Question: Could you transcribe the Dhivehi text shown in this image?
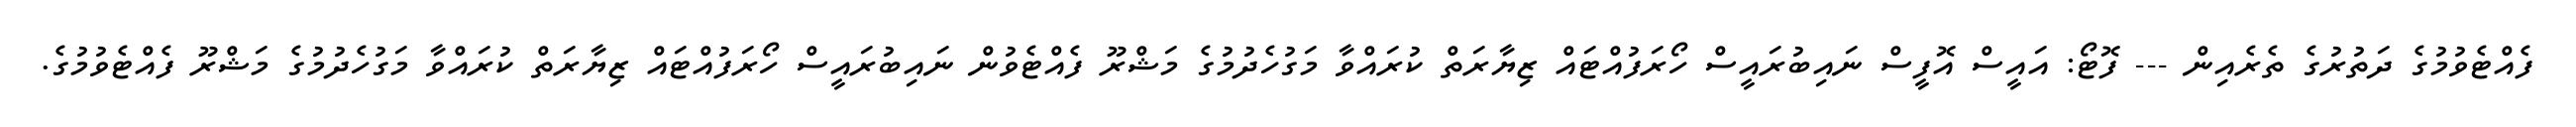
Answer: ފެއްޓެވުމުގެ ދަތުރުގެ ތެރެއިން --- ފޮޓޯ: އައީސް އޮފީސް ނައިބުރައީސް ހޯރަފުއްޓައް ޒިޔާރަތް ކުރައްވާ މަގުހެދުމުގެ މަޝްރޫ ފެއްޓެވުން ނައިބުރައީސް ހޯރަފުއްޓައް ޒިޔާރަތް ކުރައްވާ މަގުހެދުމުގެ މަޝްރޫ ފެއްޓެވުމުގެ.